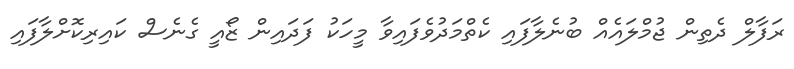
ރަފާލް ދެތިން ޖުމްލައެއް ބުނެލާފައި ކެތްމަދުވެފައިވާ މީހަކު ފަދައިން ޒޯއީ ގެނެސް ކައިރިކޮށްލާފައި